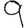
Digit: 9